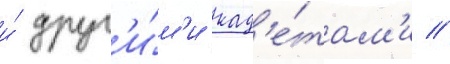
и́ друг'и́м'и кад'е́там'и //